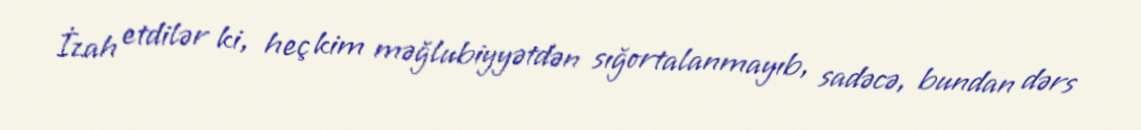
İzah etdilər ki, heç kim məğlubiyyətdən sığortalanmayıb, sadəcə, bundan dərs